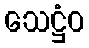
သေဋ္ဌံဝ